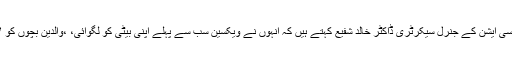
پاکستان پیڈیاٹرک ایسوسی ایشن کے جنرل سیکرٹری ڈاکٹر خالد شفیع کہتے ہیں کہ انہوں نے ویکسین سب سے پہلے اپنی بیٹی کو لگوائی، ،والدین بچوں کو لازمی ویکسین لگوائیں۔